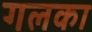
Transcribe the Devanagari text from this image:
गलका